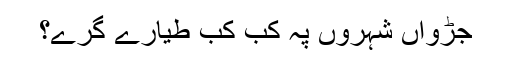
جڑواں شہروں پہ کب کب طیارے گرے؟